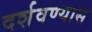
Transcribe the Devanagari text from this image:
दर्शवण्यास